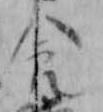
食